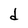
Character: d